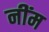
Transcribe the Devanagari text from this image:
नींम